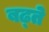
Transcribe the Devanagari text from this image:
बढ्ते